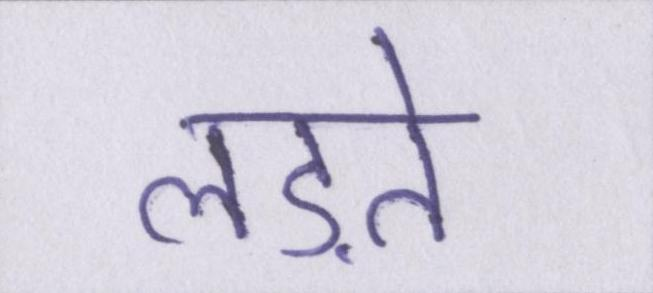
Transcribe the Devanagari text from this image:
लड़ते